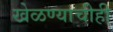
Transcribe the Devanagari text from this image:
खेळण्याचीही